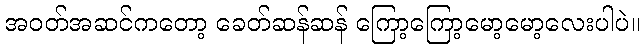
အဝတ်အဆင်ကတော့ ခေတ်ဆန်ဆန် ကြော့ကြော့မော့မော့လေးပါပဲ။